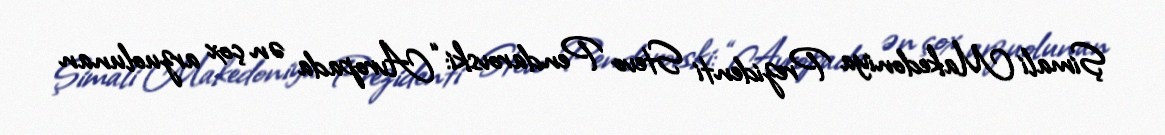
Şimali Makedoniya Prezidenti Stevo Pendarovski: “Avropada ən çox arzuolunan